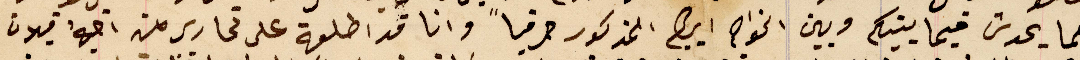
كلما يحدث فيما بينكم وبين الخواجه ابرهيم المذكور حرفياً وانا قد اطلعة على تحارير من اخيهُ قبلان